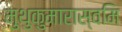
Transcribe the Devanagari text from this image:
मुथुकुमारास्वमि